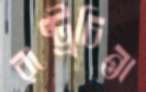
রাষ্ট্রচিন্তা